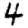
Digit: 4